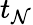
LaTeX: t_{\mathcal{N}}